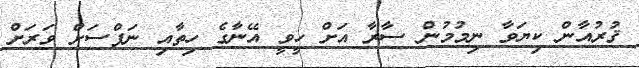
ޤުރުއާން ކިޔަވާ ނިމުމުން ސާރާ އަށް ހީވީ އޭނާގެ ހިތާއި ނަފްސަށް ވަރަށް